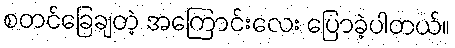
စတင်ခြေချတဲ့ အကြောင်းလေး ပြောခဲ့ပါတယ်။